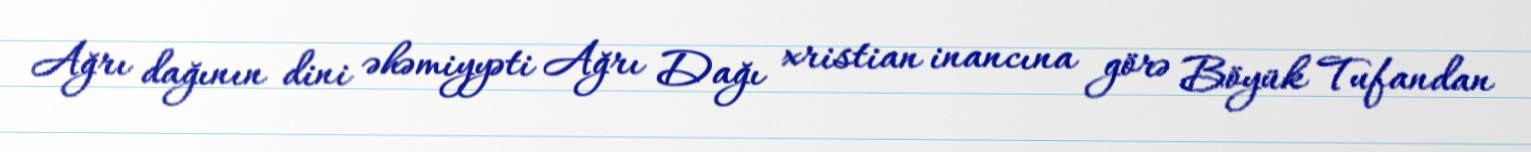
Ağrı dağının dini əhəmiyyəti Ağrı Dağı xristian inancına görə Böyük Tufandan